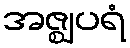
အဇ္ဈပရံ